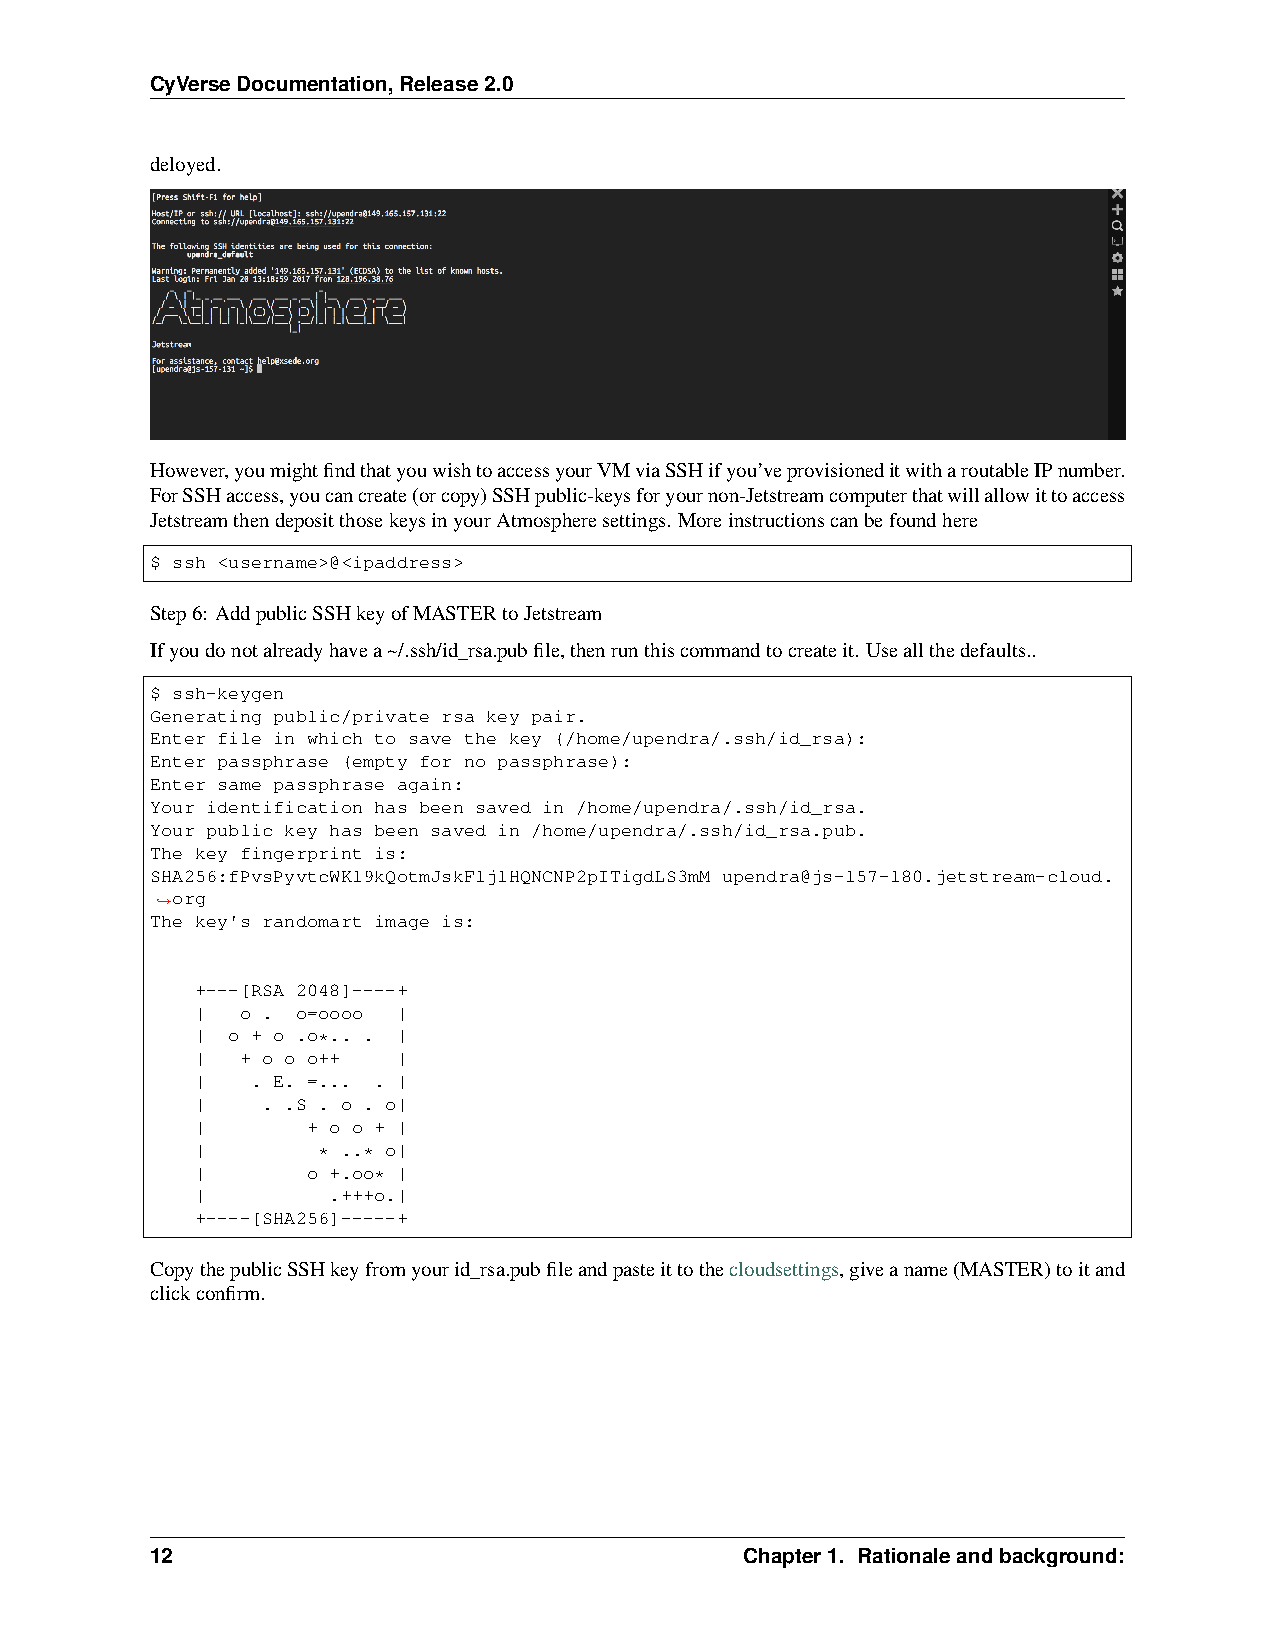
CyVerseDocumentation,Release2.0
 deloyed.
 However,youmightfindthatyouwishtoaccessyourVMviaSSHifyou’veprovisioneditwitharoutableIPnumber.
 ForSSHaccess,youcancreate(orcopy)SSHpublic-keysforyournon-Jetstreamcomputerthatwillallowittoaccess
 JetstreamthendepositthosekeysinyourAtmospheresettings. Moreinstructionscanbefoundhere
 $ ssh <username>@<ipaddress>
 Step6: AddpublicSSHkeyofMASTERtoJetstream
 Ifyoudonotalreadyhavea~/.ssh/id_rsa.pubfile,thenrunthiscommandtocreateit. Useallthedefaults..
 $ ssh-keygen
 Generating public/private rsa key pair.
 Enter file in which to save the key (/home/upendra/.ssh/id_rsa):
 Enter passphrase (empty for no passphrase):
 Enter same passphrase again:
 Your identification has been saved in /home/upendra/.ssh/id_rsa.
 Your public key has been saved in /home/upendra/.ssh/id_rsa.pub.
 The key fingerprint is:
 SHA256:fPvsPyvtcWKl9kQotmJskFljlHQNCNP2pITigdLS3mM upendra@js-157-180.jetstream-cloud.
 org
 ˓→
 The key's randomart image is:
 +---[RSA 2048]----+
 |  o . o=oooo |
 | o + o .o*.. . |
 |  + o o o++ |
 |   . E. =... . |
 |   . .S . o . o|
 |      + o o + |
 |       * ..* o|
 |      o +.oo* |
 |        .+++o.|
 +----[SHA256]-----+
 CopythepublicSSHkeyfromyourid_rsa.pubfileandpasteittothecloudsettings,giveaname(MASTER)toitand
 clickconfirm.
 12                                     Chapter1. Rationaleandbackground: